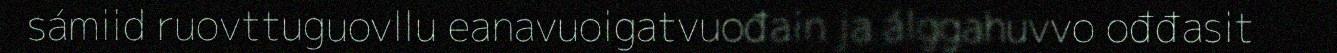
sámiid ruovttuguovllu eanavuoigatvuođain ja álggahuvvo ođđasit